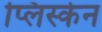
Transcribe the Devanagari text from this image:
प्लिस्केन